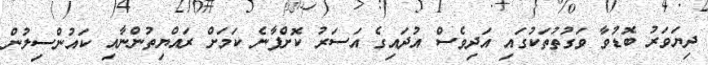
ދިޔަވަރު ބޮޑުވާ ވަގުތުތަކުގައި އަދިވެސް އުދައިގެ އަސަރު ކޮށްފާނެ ކަމަށް ރައްޔިތުންނާއި ކައުންސިލުން